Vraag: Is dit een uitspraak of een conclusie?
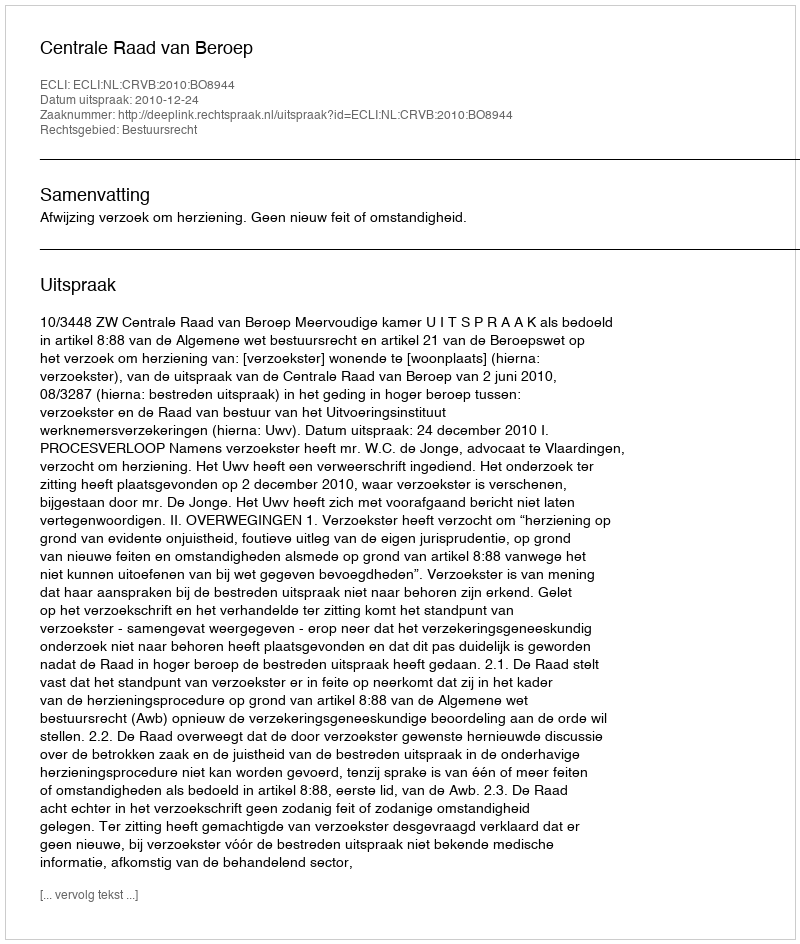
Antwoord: Uitspraak